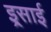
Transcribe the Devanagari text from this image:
इ्र्रसाई